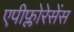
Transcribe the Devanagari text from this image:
एपीफ्लोरेसेंस